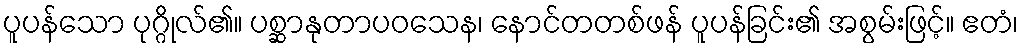
ပူပန်သော ပုဂ္ဂိုလ်၏။ ပစ္ဆာနုတာပဝသေန၊ နောင်တတစ်ဖန် ပူပန်ခြင်း၏ အစွမ်းဖြင့်။ ဧတံ၊